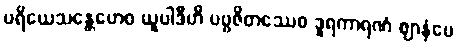
ပရိယေသန္တေဟေဝ ယူပါဒီဟိ ပဗ္ဗဇိတဿေဝ ဒူရကာရဏံ ဈာနံပေ